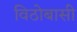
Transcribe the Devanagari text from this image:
विठोबासी